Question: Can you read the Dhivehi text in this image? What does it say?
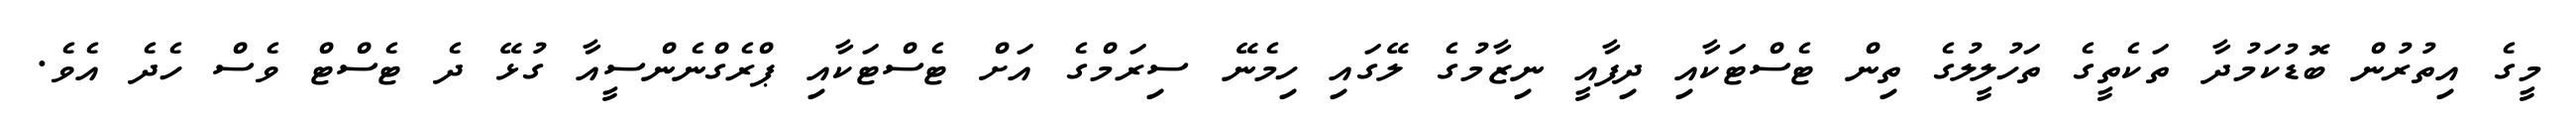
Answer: މީގެ އިތުރުން ބޮޑުކަމުދާ ތަކެތީގެ ތަހުލީލުގެ ތިން ޓެސްޓަކާއި ދިފާއީ ނިޒާމުގެ ލޭގައި ހިމެނޭ ސިރަމްގެ އަށް ޓެސްޓަކާއި ޕްރެގްނެންސީއާ ގުޅޭ ދެ ޓެސްޓް ވެސް ހެދެ އެވެ.